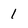
Character: 1